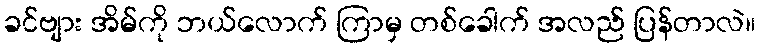
ခင်ဗျား အိမ်ကို ဘယ်လောက် ကြာမှ တစ်ခေါက် အလည် ပြန်တာလဲ။